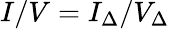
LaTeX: I/V=I_{\Delta}/V_{\Delta}